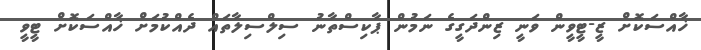
ޚާއްސަކޮށް ޒީ-ޓީވީން ވަނީ ޒިންދަގީގެ ނަމުން ޕާކިސްތާނު ސިލްސިލާތައް ދެއްކުމަށް ޚާއްސަކޮށް ޓީވީ